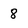
Character: 8